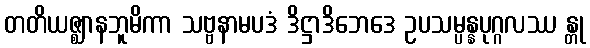
တတိယဇ္ဈာနဘူမိကာ သဗ္ဗနာမပဒံ ဒိဋ္ဌာဒိဘေဒေ ဥပသမ္ပန္နပုဂ္ဂလဿ န္တု